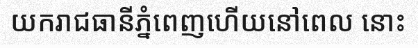
យករាជធានីភ្នំពេញហើយនៅពេល នោះ